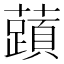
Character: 𬟐